Anatomy and histology of ticks - Number 23
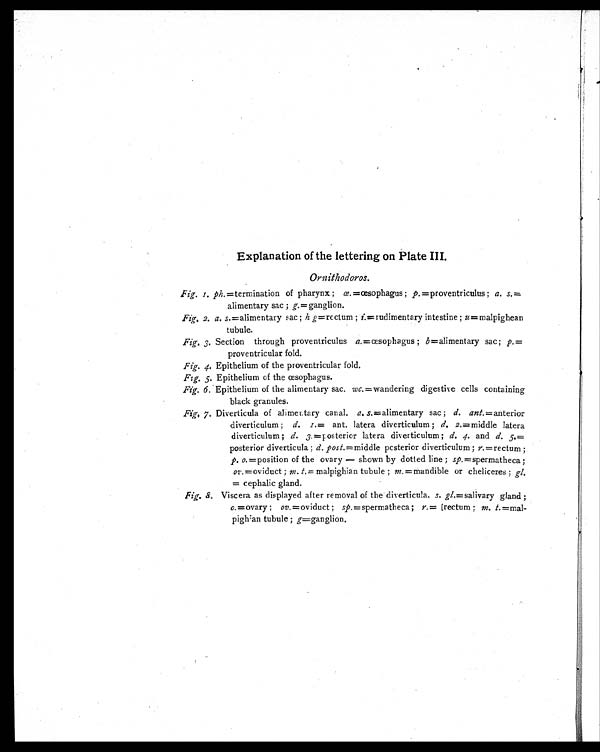
Explanation of the lettering on Plate III.
Ornithodoros.
Fig. 1. ph. =termination of pharynx ; œ. =œsophagus; p. =proventriculus ; a. s. =
alimentary sac ; g. =ganglion.
Fig. 2. a. s. =alimentary sac ; h g =rectum ; i.=rudimentary intestine; u =malpighean
tubule.
Fig. 3. Section through proventriculus a. = œsophagus ; b = alimentary sac; p. =
proventricular fold.
Fig. 4. Epithelium of the proventricular fold.
Fig. 5. Epithelium of the œsophagus.
Fig. 6. Epithelium of the alimentary sac. wc. =wandering digestive cells containing
black granules.
Fig. 7. Diverticula of alimentary canal. a. s.=alimentary sac ; d. ant.=anterior
diverticulum ; d. 1. = ant. latera diverticulum ; d. 2.=middle latera
diverticulum ; d. 3. =posterior latera diverticulum ; d. 4. and d.
5.=posterior diverticula ; d. post.= middle posterior diverticulum ; r. =rectum ;
p. o. =position of the ovary — shown by dotted line ; sp. =spermatheca;
ov. = oviduct ; m. t. = malpighian tubule ; m. =mandible or cheliceres ; gl.
= cephalic gland.
Fig. 8. Viscera as displayed after removal of the diverticula, s. gl. =salivary gland ;
o. =ovary ; ov. =oviduct ; sp. =spermatheca; r. = (rectum ; m. t. =mal-
pighian tubule ; g=ganglion.